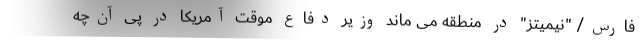
فارس/ "نیمیتز" در منطقه می ماند وزیر دفاع موقت آمریکا در پی آن‌چه